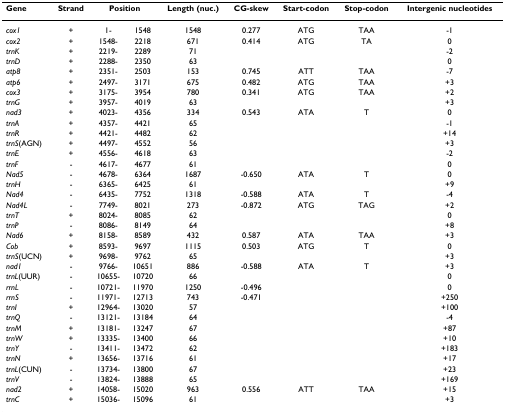
<table><thead><tr><td><b>Gene</b></td><td><b>Strand</b></td><td colspan="2"><b>Position</b></td><td><b>Length (nuc.)</b></td><td><b>CG-skew</b></td><td><b>Start-codon</b></td><td><b>Stop-codon</b></td><td><b>Intergenic nucleotides</b></td></tr></thead><tbody><tr><td><i>cox1</i></td><td>+</td><td>1-</td><td>1548</td><td>1548</td><td>0.277</td><td>ATG</td><td>TAA</td><td>-1</td></tr><tr><td><i>cox2</i></td><td>+</td><td>1548-</td><td>2218</td><td>671</td><td>0.414</td><td>ATG</td><td>TA</td><td>0</td></tr><tr><td><i>trnK</i></td><td>+</td><td>2219-</td><td>2289</td><td>71</td><td></td><td></td><td></td><td>-2</td></tr><tr><td><i>trnD</i></td><td>+</td><td>2288-</td><td>2350</td><td>63</td><td></td><td></td><td></td><td>0</td></tr><tr><td><i>atp8</i></td><td>+</td><td>2351-</td><td>2503</td><td>153</td><td>0.745</td><td>ATT</td><td>TAA</td><td>-7</td></tr><tr><td><i>atp6</i></td><td>+</td><td>2497-</td><td>3171</td><td>675</td><td>0.482</td><td>ATG</td><td>TAA</td><td>+3</td></tr><tr><td><i>cox3</i></td><td>+</td><td>3175-</td><td>3954</td><td>780</td><td>0.341</td><td>ATG</td><td>TAA</td><td>+2</td></tr><tr><td><i>trnG</i></td><td>+</td><td>3957-</td><td>4019</td><td>63</td><td></td><td></td><td></td><td>+3</td></tr><tr><td><i>nad3</i></td><td>+</td><td>4023-</td><td>4356</td><td>334</td><td>0.543</td><td>ATA</td><td>T</td><td>0</td></tr><tr><td><i>trnA</i></td><td>+</td><td>4357-</td><td>4421</td><td>65</td><td></td><td></td><td></td><td>-1</td></tr><tr><td><i>trnR</i></td><td>+</td><td>4421-</td><td>4482</td><td>62</td><td></td><td></td><td></td><td>+14</td></tr><tr><td><i>trnS</i>(AGN)</td><td>+</td><td>4497-</td><td>4552</td><td>56</td><td></td><td></td><td></td><td>+3</td></tr><tr><td><i>trnE</i></td><td>+</td><td>4556-</td><td>4618</td><td>63</td><td></td><td></td><td></td><td>-2</td></tr><tr><td><i>trnF</i></td><td>-</td><td>4617-</td><td>4677</td><td>61</td><td></td><td></td><td></td><td>0</td></tr><tr><td><i>Nad5</i></td><td>-</td><td>4678-</td><td>6364</td><td>1687</td><td>-0.650</td><td>ATA</td><td>T</td><td>0</td></tr><tr><td><i>trnH</i></td><td>-</td><td>6365-</td><td>6425</td><td>61</td><td></td><td></td><td></td><td>+9</td></tr><tr><td><i>Nad4</i></td><td>-</td><td>6435-</td><td>7752</td><td>1318</td><td>-0.588</td><td>ATA</td><td>T</td><td>-4</td></tr><tr><td><i>Nad4L</i></td><td>-</td><td>7749-</td><td>8021</td><td>273</td><td>-0.872</td><td>ATG</td><td>TAG</td><td>+2</td></tr><tr><td><i>trnT</i></td><td>+</td><td>8024-</td><td>8085</td><td>62</td><td></td><td></td><td></td><td>0</td></tr><tr><td><i>trnP</i></td><td>-</td><td>8086-</td><td>8149</td><td>64</td><td></td><td></td><td></td><td>+8</td></tr><tr><td><i>Nad6</i></td><td>+</td><td>8158-</td><td>8589</td><td>432</td><td>0.587</td><td>ATA</td><td>TAA</td><td>+3</td></tr><tr><td><i>Cob</i></td><td>+</td><td>8593-</td><td>9697</td><td>1115</td><td>0.503</td><td>ATG</td><td>T</td><td>0</td></tr><tr><td><i>trnS</i>(UCN)</td><td>+</td><td>9698-</td><td>9762</td><td>65</td><td></td><td></td><td></td><td>+3</td></tr><tr><td><i>nad1</i></td><td>-</td><td>9766-</td><td>10651</td><td>886</td><td>-0.588</td><td>ATA</td><td>T</td><td>+3</td></tr><tr><td><i>trnL</i>(UUR)</td><td>-</td><td>10655-</td><td>10720</td><td>66</td><td></td><td></td><td></td><td>0</td></tr><tr><td><i>rrnL</i></td><td>-</td><td>10721-</td><td>11970</td><td>1250</td><td>-0.496</td><td></td><td></td><td>0</td></tr><tr><td><i>rrnS</i></td><td>-</td><td>11971-</td><td>12713</td><td>743</td><td>-0.471</td><td></td><td></td><td>+250</td></tr><tr><td><i>trnI</i></td><td>+</td><td>12964-</td><td>13020</td><td>57</td><td></td><td></td><td></td><td>+100</td></tr><tr><td><i>trnQ</i></td><td>-</td><td>13121-</td><td>13184</td><td>64</td><td></td><td></td><td></td><td>-4</td></tr><tr><td><i>trnM</i></td><td>+</td><td>13181-</td><td>13247</td><td>67</td><td></td><td></td><td></td><td>+87</td></tr><tr><td><i>trnW</i></td><td>+</td><td>13335-</td><td>13400</td><td>66</td><td></td><td></td><td></td><td>+10</td></tr><tr><td><i>trnY</i></td><td>-</td><td>13411-</td><td>13472</td><td>62</td><td></td><td></td><td></td><td>+183</td></tr><tr><td><i>trnN</i></td><td>+</td><td>13656-</td><td>13716</td><td>61</td><td></td><td></td><td></td><td>+17</td></tr><tr><td><i>trnL</i>(CUN)</td><td>-</td><td>13734-</td><td>13800</td><td>67</td><td></td><td></td><td></td><td>+23</td></tr><tr><td><i>trnV</i></td><td>-</td><td>13824-</td><td>13888</td><td>65</td><td></td><td></td><td></td><td>+169</td></tr><tr><td><i>nad2</i></td><td>+</td><td>14058-</td><td>15020</td><td>963</td><td>0.556</td><td>ATT</td><td>TAA</td><td>+15</td></tr><tr><td><i>trnC</i></td><td>+</td><td>15036-</td><td>15096</td><td>61</td><td></td><td></td><td></td><td>+3</td></tr></tbody></table>